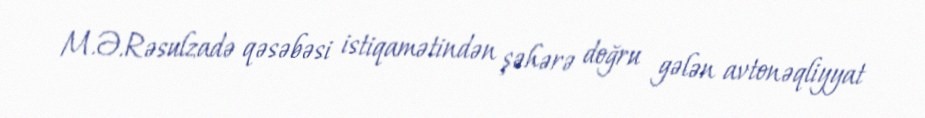
M.Ə.Rəsulzadə qəsəbəsi istiqamətindən şəhərə doğru gələn avtonəqliyyat